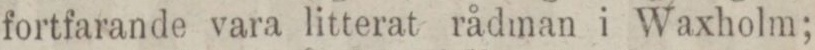
fortfarande vara litterat rådman i Waxholm;